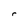
Character: r